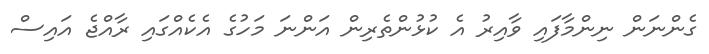
ގެންނަން ނިންމާފައި ވާއިރު އެ ކުޅުންތެރިން އަންނަ މަހުގެ އެކެއްގައި ރާއްޖެ އައިސް